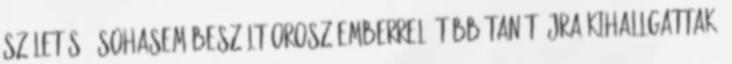
születésű, sohasem beszélt orosz emberrel. Több tanút újra kihallgattak,